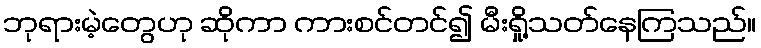
ဘုရားမဲ့တွေဟု ဆိုကာ ကားစင်တင်၍ မီးရှို့သတ်နေကြသည်။